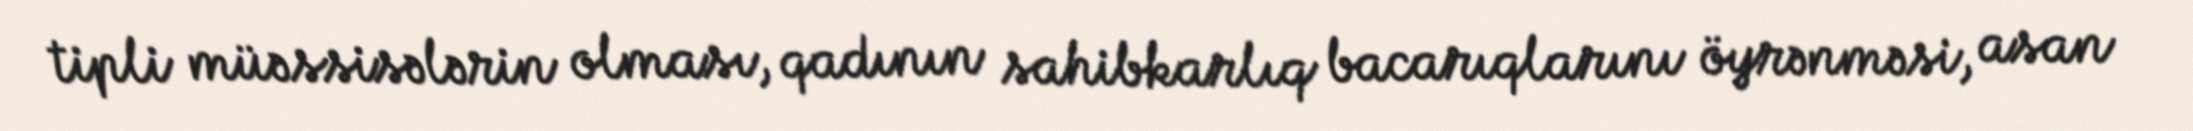
tipli müəssisələrin olması, qadının sahibkarlıq bacarıqlarını öyrənməsi, asan